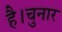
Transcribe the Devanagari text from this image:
है।चुनार